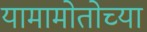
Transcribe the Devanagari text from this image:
यामामोतोच्या